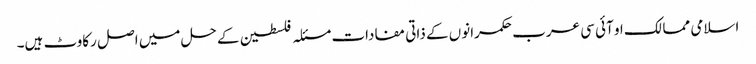
اسلامی ممالک او آئی سی عرب حکمرانوں کے ذاتی مفادات مسئلہ فلسطین کے حل میں اصل رکاوٹ ہیں۔